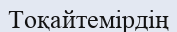
Тоқайтемірдің